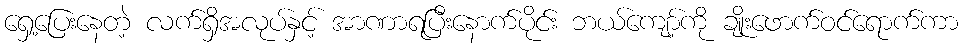
ရှေ့ပြေးနေတဲ့ လက်ရှိအလုပ်နှင့် အာဏာရပြီးနောက်ပိုင်း ဘယ်ကျော့်ကို ချိုးဖောက်ဝင်ရောက်ကာ